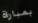
بمباراة